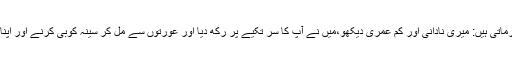
حضرت عائشہ فرماتی ہیں: میری نادانی اور کم عمری دیکھو،میں نے آپ کا سر تکیے پر رکھ دیا اور عورتوں سے مل کر سینہ کوبی کرنے اور اپنا چہرہ پیٹنے لگی۔